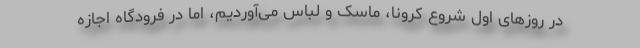
در روزهای اول شروع کرونا، ماسک و لباس می‌آوردیم، اما در فرودگاه اجازه